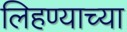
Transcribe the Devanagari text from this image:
लिहण्याच्या